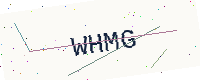
Text: WHMG